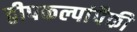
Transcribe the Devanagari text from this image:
द्वीपकल्पांपैकी